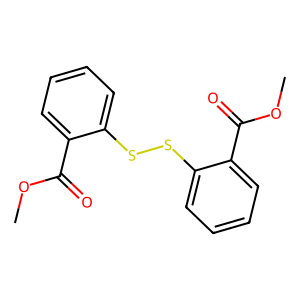
SMILES: COC(=O)c1ccccc1SSc1ccccc1C(=O)OC
Inhibits HIV replication: No